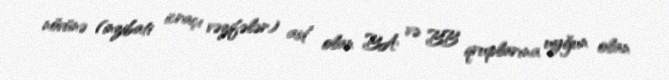
növünə (inzibati icraçı vəzifələr) aid olan BA və BB qruplarına uyğun olan